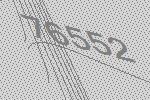
76552